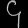
Digit: ၄